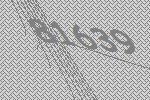
81639